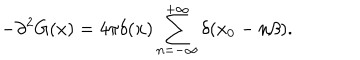
- \partial ^ { 2 } G ( x ) = 4 \pi \delta ( { \bf x } ) \sum _ { n = - \infty } ^ { + \infty } \delta ( x _ { 0 } - n \beta ) .